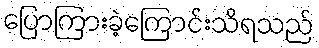
ပြောကြားခဲ့ကြောင်းသိရသည်